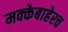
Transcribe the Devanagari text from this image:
मक्केबाहेरच